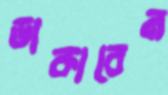
ডাকাবেন